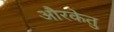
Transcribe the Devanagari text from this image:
औरकेतु